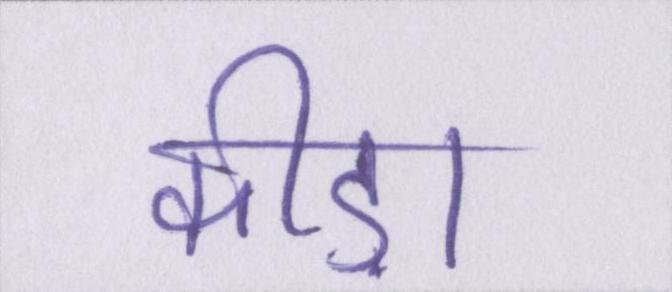
कीड़ा